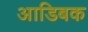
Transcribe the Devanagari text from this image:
आडिबक